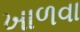
ખાળવા